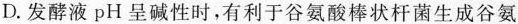
D.发酵液pH呈碱性时，有利于谷氨酸棒状杆菌生成谷氨